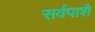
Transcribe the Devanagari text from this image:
सर्वपाशै